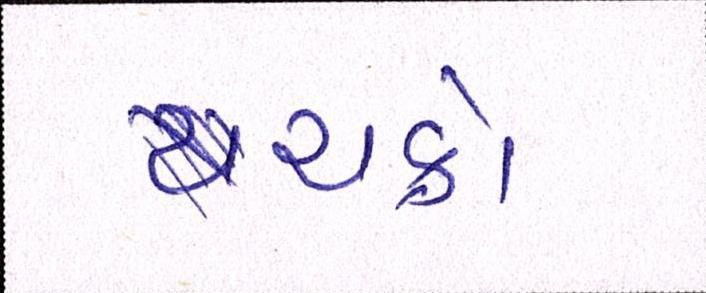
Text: ચક્રો